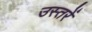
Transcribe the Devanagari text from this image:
उस्तरें